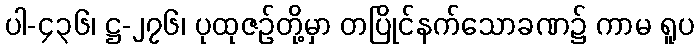
ပါ-၄၃၆၊ ဋ္ဌ-၂၇၆၊ ပုထုဇဉ်တို့မှာ တပြိုင်နက်သောခဏ၌ ကာမ ရူပ